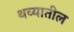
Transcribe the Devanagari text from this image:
थव्यातील